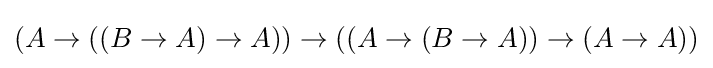
(A\to ((B\to A)\to A))\to ((A\to (B\to A))\to (A\to A))